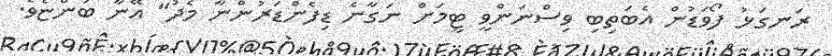
ރަނގަޅު ފޯވަޑުން އެބަތިބި ވިސްނަންވީ ޓީމަށް ނަގާނެ ޑިފެންޑަރުންނާ މެދު" އޭނާ ބުންޏެވެ.